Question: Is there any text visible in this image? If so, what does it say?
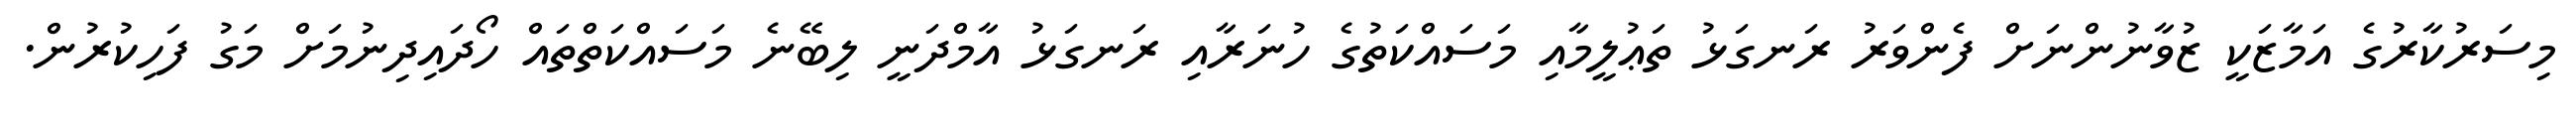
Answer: މިސަރުކާރުގެ އަމާޒަކީ ޒުވާނުންނަށް ފެންވަރު ރަނގަޅު ތަޢުލީމާއި މަސައްކަތުގެ ހުނަރާއި ރަނގަޅު އާމްދަނީ ލިބޭނެ މަސައްކަތްތައް ހޯދައިދިނުމަށް މަގު ފަހިކުރުން.